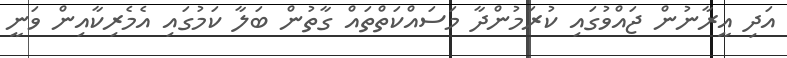
އަދި އީރާނުން ޖައްވުގައި ކުރަމުންދާ މަސައްކަތްތައް ގާތުން ބަލާ ކަމުގައި އެމެރިކާއިން ވަނީ